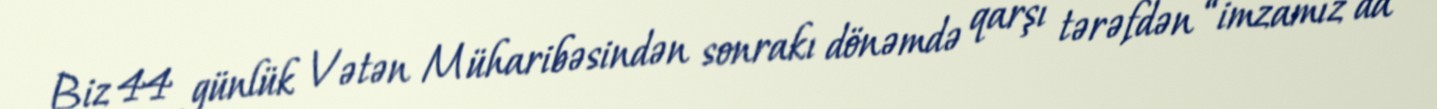
Biz 44 günlük Vətən Müharibəsindən sonrakı dönəmdə qarşı tərəfdən “imzamız da